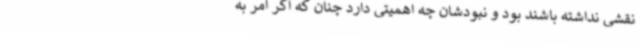
نقشی نداشته باشند بود و نبودشان چه اهمیتی دارد چنان که اگر امر به